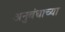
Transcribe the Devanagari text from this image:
अनुबंधाच्या